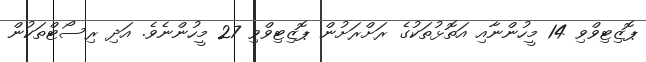
ޕޮޒިޓިވްވި 14 މީހުންނާއި އަތޮޅުތަކުގެ ރަށްރަށުން ޕޮޒިޓިވްވި 27 މީހުންނެވެ. އަދި ރިސޯޓްތަކުން